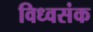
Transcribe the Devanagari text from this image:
विध्वसंक